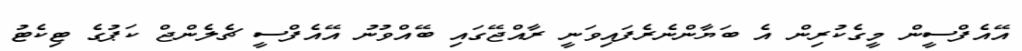
އޭއެފްސީން މީގެކުރިން އެ ބަޔާންނެރެފައިވަނީ ރާއްޖޭގައި ބޭއްވުނު އޭއެފްސީ ޗެލެންޖް ކަޕުގެ ޓިކެޓު